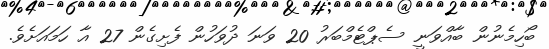
ބޯހިމެނުން ބާއްވަނީ ސެޕްޓެމްބަރު 20 ވަނަ ދުވަހުން ފެށިގެން 27 އާ ހަމައަށެވެ.